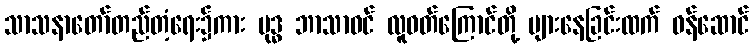
သာသနာတော်တည်တံ့ရေး၌ကား ဗုဒ္ဓ ဘာသာဝင် လူဝတ်ကြောင်တို့ များနေခြင်းထက် ဝန်ဆောင်